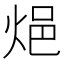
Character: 𨚊